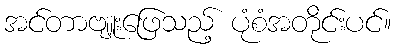
အင်တာဗျူးဖြေသည့် ပုံစံအတိုင်းပင်။